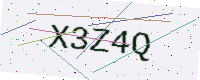
Text: X3Z4Q